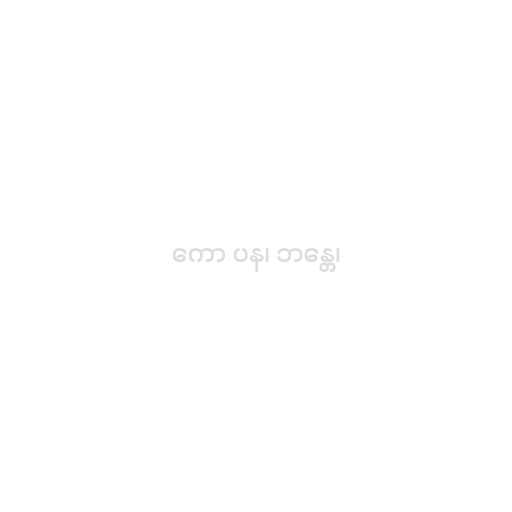
ကော ပန၊ ဘန္တေ၊